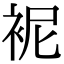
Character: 䘦